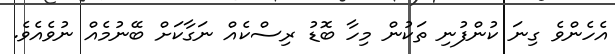
އެހެންވެ ގިނަ ކުންފުނި ތަކުން މިހާ ބޮޑު ރިސްކެއް ނަގާކަށް ބޭނުމެއް ނުވެއެވެ.